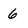
Character: 6